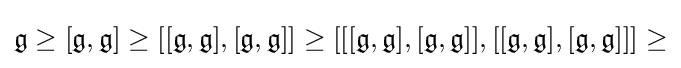
{\mathfrak {g}}\geq [{\mathfrak {g}},{\mathfrak {g}}]\geq [[{\mathfrak {g}},{\mathfrak {g}}],[{\mathfrak {g}},{\mathfrak {g}}]]\geq [[[{\mathfrak {g}},{\mathfrak {g}}],[{\mathfrak {g}},{\mathfrak {g}}]],[[{\mathfrak {g}},{\mathfrak {g}}],[{\mathfrak {g}},{\mathfrak {g}}]]]\geq